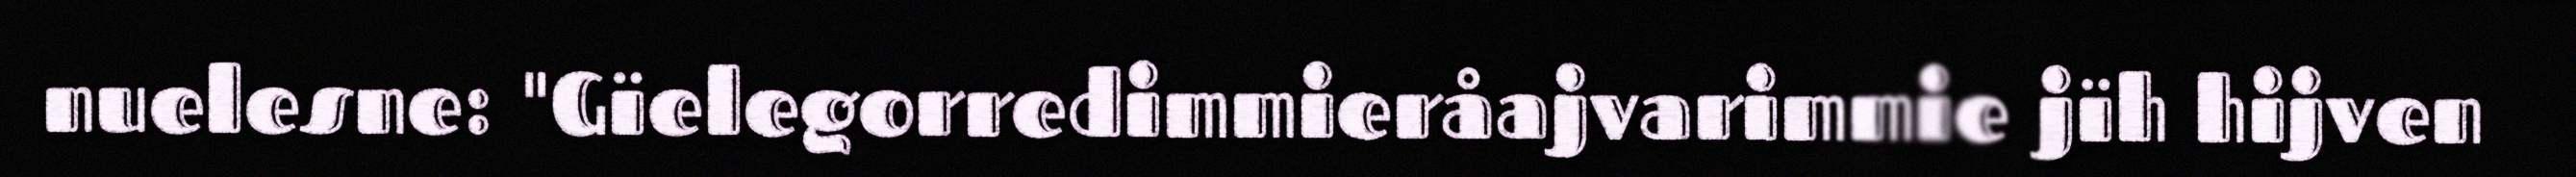
nuelesne: "Gïelegorredimmieråajvarimmie jïh hijven